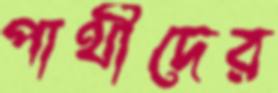
পার্থীদের